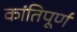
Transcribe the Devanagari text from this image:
कांतिपूर्ण